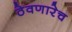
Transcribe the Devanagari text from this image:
ठेवणारेच